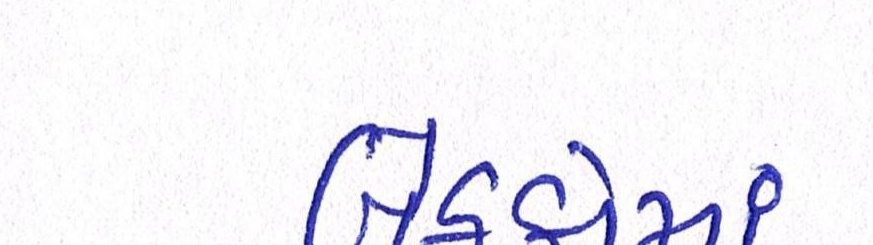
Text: બેઠકોમાં